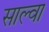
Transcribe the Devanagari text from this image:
साल्वा